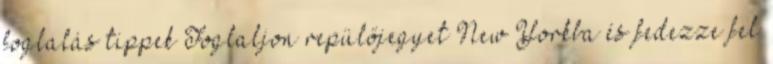
foglalás tippek Foglaljon repülőjegyet New Yorkba és fedezze fel